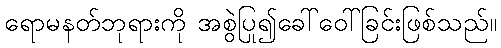
ရောမနတ်ဘုရားကို အစွဲပြု၍ခေါ်ဝေါ်ခြင်းဖြစ်သည်။